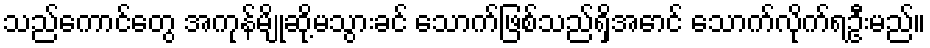
သည်ကောင်တွေ အကုန်မျိုဆို့မသွားခင် သောက်ဖြစ်သည်ရှိအောင် သောက်လိုက်ရဦးမည်။